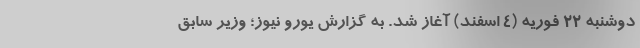
دوشنبه ۲۲ فوریه (۴ اسفند) آغاز شد. به گزارش یورو نیوز؛ وزیر سابق